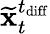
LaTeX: \widetilde{\mathbf{x}}_{t}^{t_{\mathrm{diff}}}